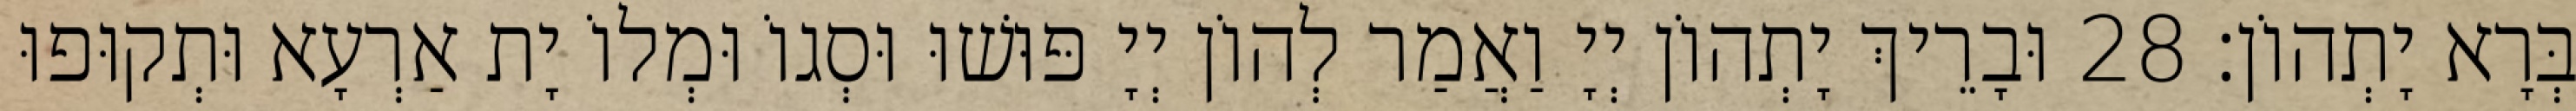
בְּרָא יָתְהוֹן׃ 28 וּבָרֵיךְ יָתְהוֹן יְיָ וַאֲמַר לְהוֹן יְיָ פּוּשׁוּ וּסְגוֹ וּמְלוֹ יָת אַרְעָא וּתְקוּפוּ